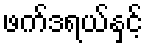
ဖက်ဒရယ်နှင့်